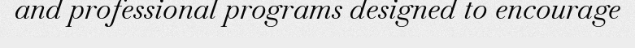
and professional programs designed to encourage